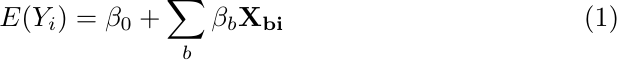
\begin{equation}
\label{eqn:mean}
    E(Y_i) = \beta_0+\sum_b\beta_b \mathbf{X_{bi}}
\end{equation}